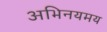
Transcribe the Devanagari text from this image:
अभिनयमय